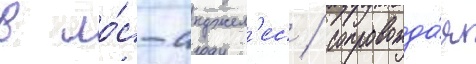
в ло́с-анджел'ес / сопровожда́я